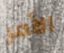
الأمر